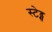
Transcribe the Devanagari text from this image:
स्टेड्स